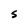
Character: S